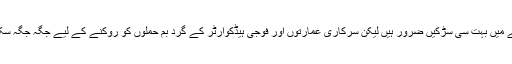
اگرچہ حکومت کے قبضے میں بہت سی سڑکیں ضرور ہیں لیکن سرکاری عمارتوں اور فوجی ہیڈکوارٹر کے گرد بم حملوں کو روکنے کے لیے جگہ جگہ سکیورٹی زون نظر آتے ہیں۔